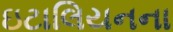
ઇટાલિયનના